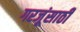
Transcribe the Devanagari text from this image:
गरजूंसाठी